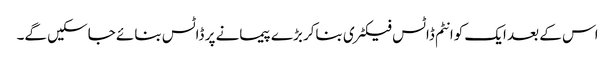
اس کے بعد ایک کوانٹم ڈاٹس فیکٹری بناکر بڑے پیمانے پر ڈاٹس بنائے جاسکیں گے۔